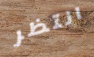
انتظر